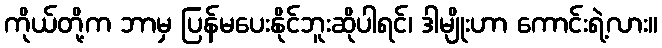
ကိုယ်တို့က ဘာမှ ပြန်မပေးနိုင်ဘူးဆိုပါရင်၊ ဒါမျိုးဟာ ကောင်းရဲ့လား။